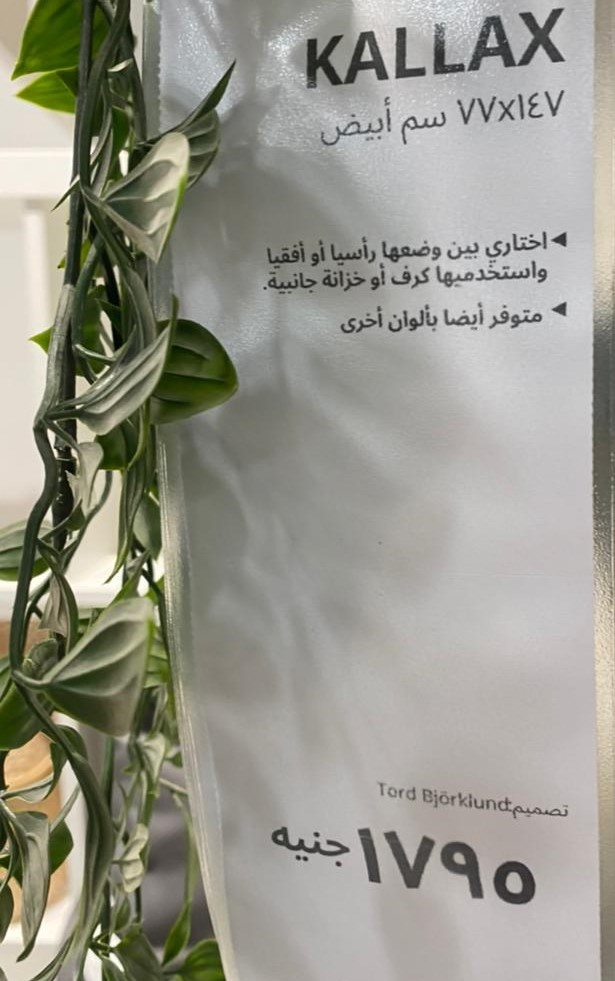
Text in image: 77X147 أبيض سم اختاري بين رأسيا وضعها أو أفقيا واستخدميها كرف أو خزانة جانبية متوفر أيضا بألوان أخرى تصميم جنيه 1795 KALLAX Tord